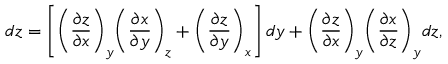
d z = \left[ { \left( { \frac { \partial z } { \partial x } } \right) } _ { y } { \left( { \frac { \partial x } { \partial y } } \right) } _ { z } + { \left( { \frac { \partial z } { \partial y } } \right) } _ { x } \right] d y + { \left( { \frac { \partial z } { \partial x } } \right) } _ { y } { \left( { \frac { \partial x } { \partial z } } \right) } _ { y } d z ,